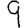
Digit: 9